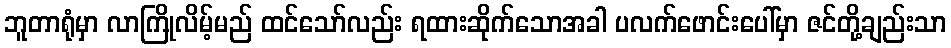
ဘူတာရုံမှာ လာကြိုလိမ့်မည် ထင်သော်လည်း ရထားဆိုက်သောအခါ ပလက်ဖောင်းပေါ်မှာ ဇင်တို့ချည်းသာ